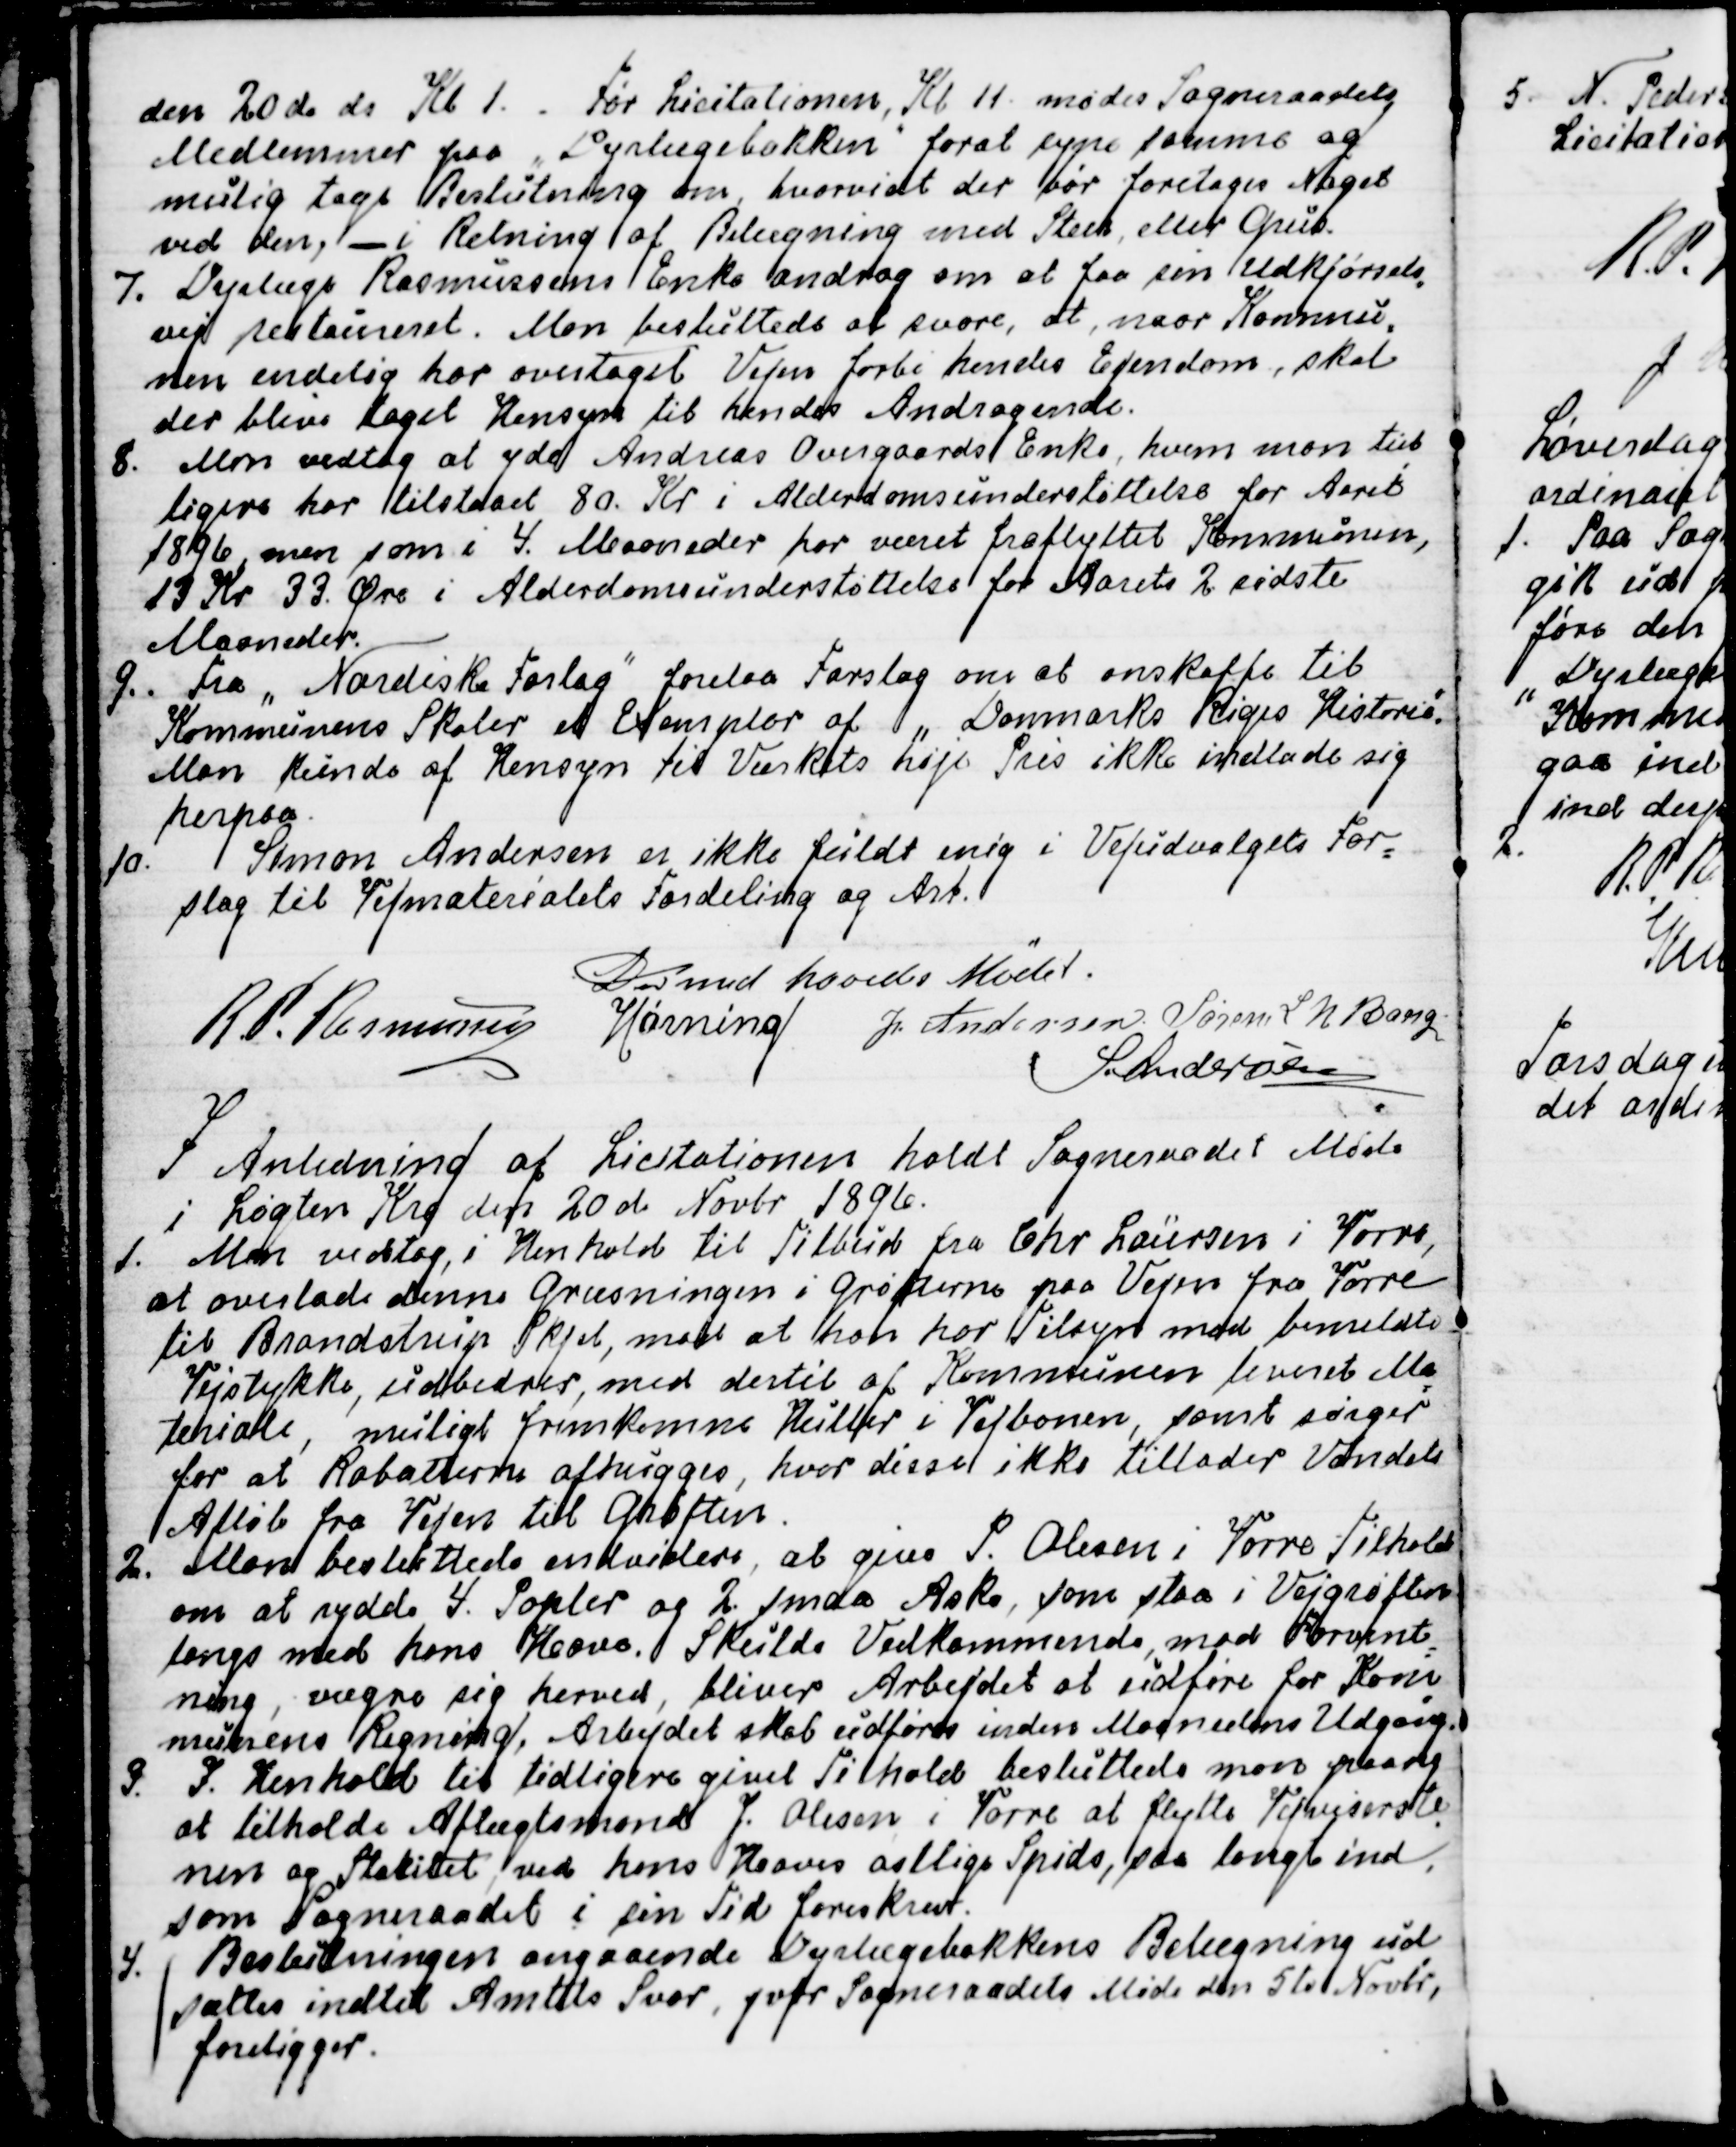
Transskription:
den 20de ds Kl 1. Før Licitationen, Kl 11 mødes Sogneraadets
Medlemmer paa "Dyrlægebakken" forat syne samme og
mulig tage Beslutning om, hvorvidt der bør foretages Noget
ved den, - i Retning af Belægning med Steen eller Grus.
7.  Dyrlæge Rasmussens Enke androg om at faa sin Udkjørsels
-
vej restaureret. Man besluttede at svare, at, naar Kommu
-
nen endelig har overtaget Vejen forbi hendes Ejendom, skal
der blive taget Hensyn til hendes Andragende.
8. Man vedtog at yde Andreas Overgaards Enke, hvem man tid
-
ligere har tilstaaet 80. Kr i Alderdomsunderstøttelse for Aaret
1896, men som i 4. Maaneder har været fraflyttet Kommunen,
13 Kr 33. Øre i Alderdomsunderstøttelse for Aarets 2. sidste
Maaneder.
9. 
Fra "Nordiske Forlag" forelaa Forslag om at anskaffe til
Kommunens Skoler et Exemplar af "Danmarks Riges Historie".
Man kunde af Hensyn til Værkets høje Pris ikke indlade sig
herpaa.
10.  
Simon Andersen er ikke fuldt enig i Vejudvalgets For
=
slag til Vejmaterialets Fordeling og Art.
Dermed hævedes Mødet.
R. P. Rasmussen
Hørning
J. Andersen
Søren L N Bang
S Andersen

I Anledning af Licitationen holdt Sogneraadet Møde
i Løgten Kro den 20de Novbr. 1896.
1. Man vedtog, i Henhold til Tilbud fra Chr Laursen i Vorre,
at overlade denne Grusningen af Grøfterne paa Vejen fra Vorre
til Brandstrup Skjel, mod at han har Tilsyn med bemeldte
Vejstykke, udbedrer, med dertil af Kommunen leveret Ma
=
teriale, muligt fremkomne Huller i Vejbanen, samt sørger
for at Rabatterne afhugges, hvor disse ikke tillader Vandets
Afløb fra Vejen til Grøften.
2. Man besluttede endvidere, at give P. Olesen i Vorre Tilhold
om at rydde 4. Popler og 2 smaa Aske, som staa i Vejgrøften
langs med hans Have. Skulde Vedkommende, mod Forvent
=
ning, vægre sig herved, bliver Arbejdet at udføre for Kom
=
munens Regning, Arbejdet skal udføres inden Maanedens Udgang.
3. I Henhold til tidligere givet Tilhold besluttede man paany
at tilholde Aftægtsmand J. Olesen i Vorre at flytte Vejviserste
-
nen og Stakitet, ved hans Haves østlige Spids, saa langt ind
som Sogneraadet i sin Tid foreskrev.
4. Beslutningen angaaende Dyrlægebakkens Belægning ud
-
sættes indtil Amtets Svar, jvfr Sogneraadets Møde den 5te Novbr.,
foreligger.